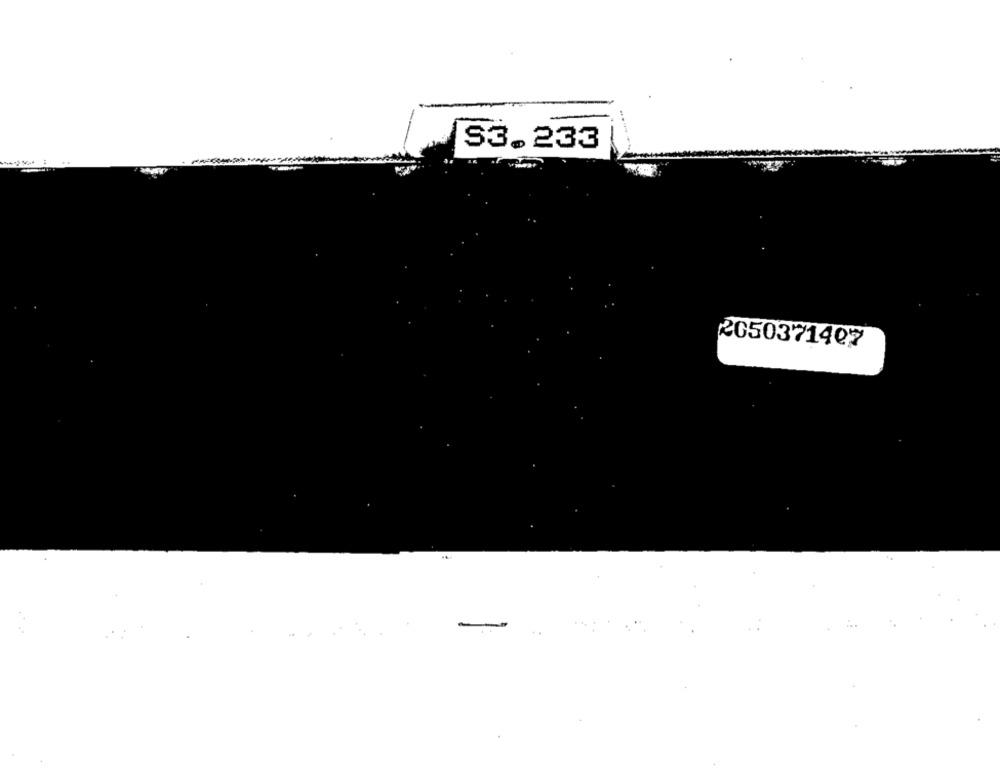
S3. 233
2050371407